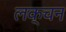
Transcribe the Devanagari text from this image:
लक्चन